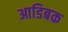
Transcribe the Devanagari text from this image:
आडिबक